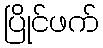
ပြိုင်ဖက်